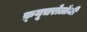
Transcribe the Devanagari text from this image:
फ़्यूचरोलोजी